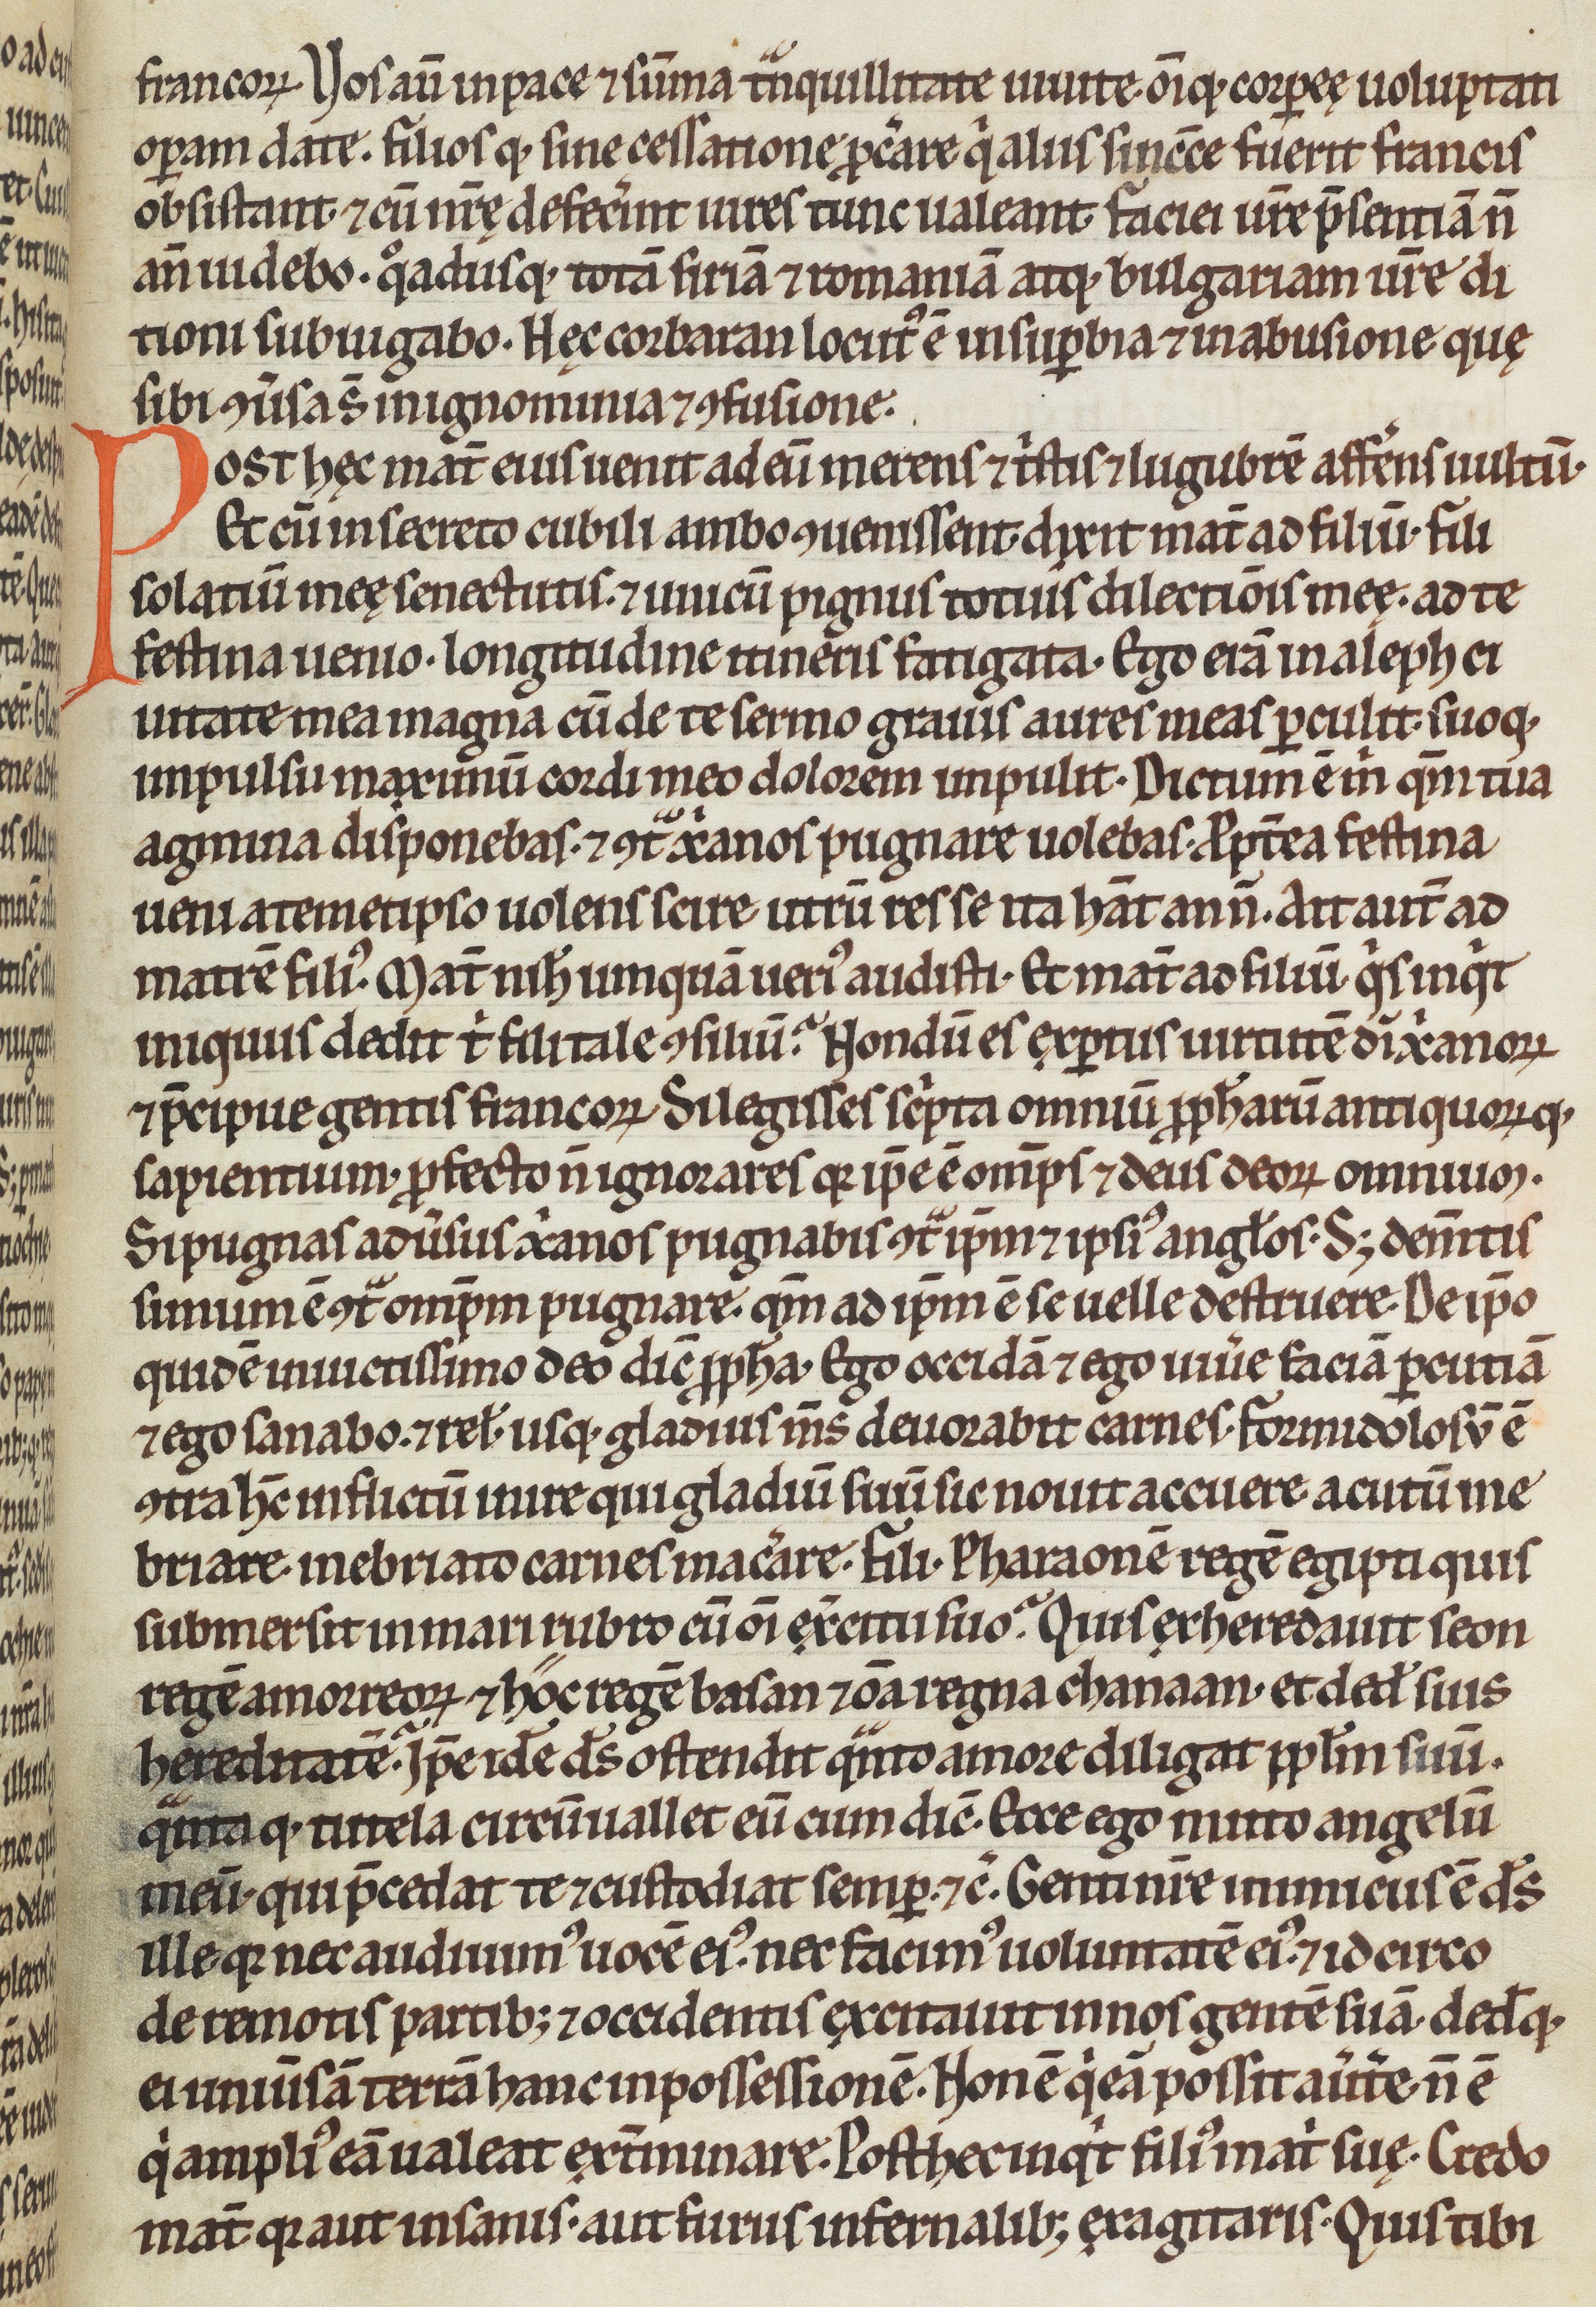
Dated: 1200–1299